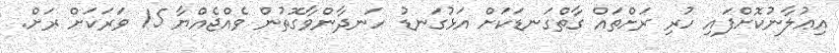
އިޢުލާނުކޮށްފައި ހުރި ރަށްތައް ގާތްގަނޑަކަށް އަޅުގަނޑު ހަނދާންވާގޮތުން ވެއްޖެއްޔާ 15 ވަރަކަށް ރަށް.